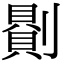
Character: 𠟻